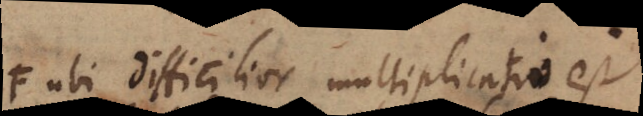
FUbi difficilios multiplicatio et